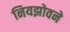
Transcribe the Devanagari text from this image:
नियझोवने